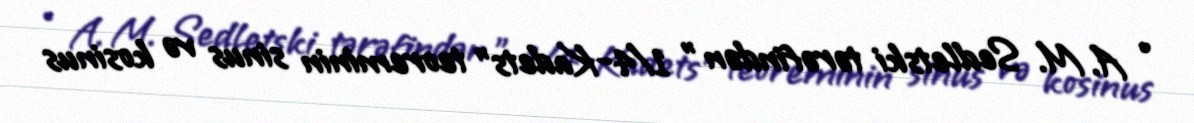
• A. M. Sedletski tərəfindən " 1/4-Kadets" teoreminin sinus və kosinus